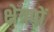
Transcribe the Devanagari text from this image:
क्षेत्रपों